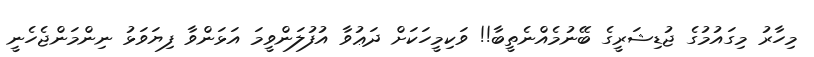
މިހާރު މިގައުމުގެ ޖުޑިޝަރީގެ ބޭނުމެއްނެތީބާ!! ވަކިމީހަކަށް ދަޢުވާ އުފުލަންވީމަ އަޅަންވާ ފިޔަވަޅު ނިންމަންޖެހެނީ